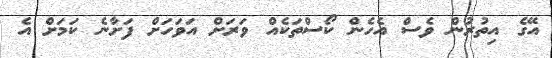
އޭގެ އިތުރުން ވެސް އެހެން ކޯސްތަކެއް ވަރަށް އަވަހަށް ފަށާނެ ކަމަށް އެ